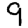
Digit: 9